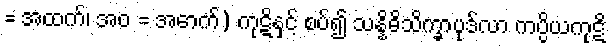
= အထက်၊ အဝ = အောက်) ကုဋိနှင့် စပ်၍ သန္နိဓိသိက္ခာပုဒ်လာ ကပ္ပိယကုဋိ